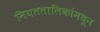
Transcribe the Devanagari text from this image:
नियततालिकांमधून